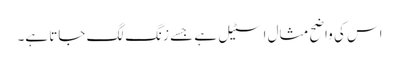
اس کی واضح مثال اسٹیل ہے جسے زنگ لگ جاتا ہے۔